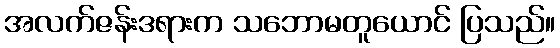
အလက်ဇန်းဒရားက သဘောမတူယောင် ပြသည်။